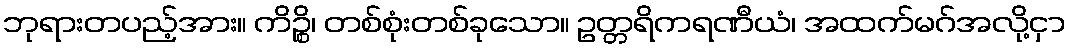
ဘုရားတပည့်အား။ ကိဉ္စိ၊ တစ်စုံးတစ်ခုသော။ ဥတ္တရိကရဏီယံ၊ အထက်မဂ်အလို့ငှာ